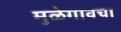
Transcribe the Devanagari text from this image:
मुळेगावचा